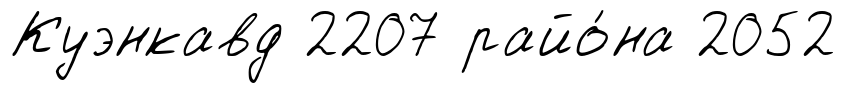
Куэнкавд 2207 райо́на 2052